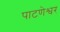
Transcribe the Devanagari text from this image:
पाटणेश्वर